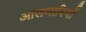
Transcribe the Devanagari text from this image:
आलमारियाँ